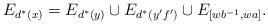
LaTeX: \begin{align*}E_{d^*(x)} = E_{d^*(y)} \cup E_{d^*(y'f')} \cup E_{[wb^{-1}, wa]}.\end{align*}